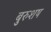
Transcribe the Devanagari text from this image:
बुरुशष